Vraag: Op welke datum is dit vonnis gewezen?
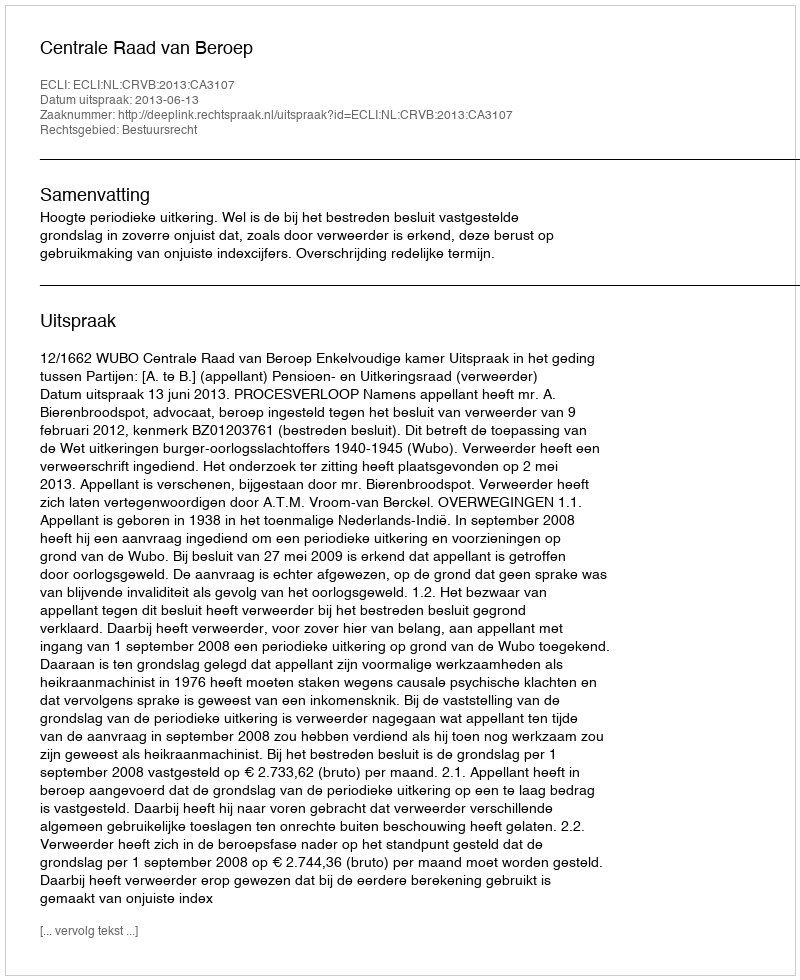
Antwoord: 2013-06-13